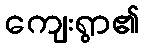
ကျေးရွာ၏